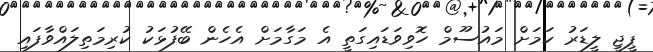
ޕީޖީ ލީޑަރު ކަމަށް މައުސޫމް ހޮވިވަޑައިގަތީ އެ މަގާމަށް އެހެން ބޭފުޅަކު ކުރިމަތިލައްވާފައި